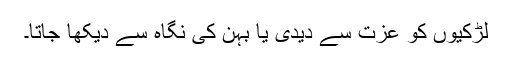
لڑکیوں کو عزت سے دیدی یا بہن کی نگاہ سے دیکھا جاتا۔